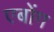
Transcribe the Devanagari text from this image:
एबोंग